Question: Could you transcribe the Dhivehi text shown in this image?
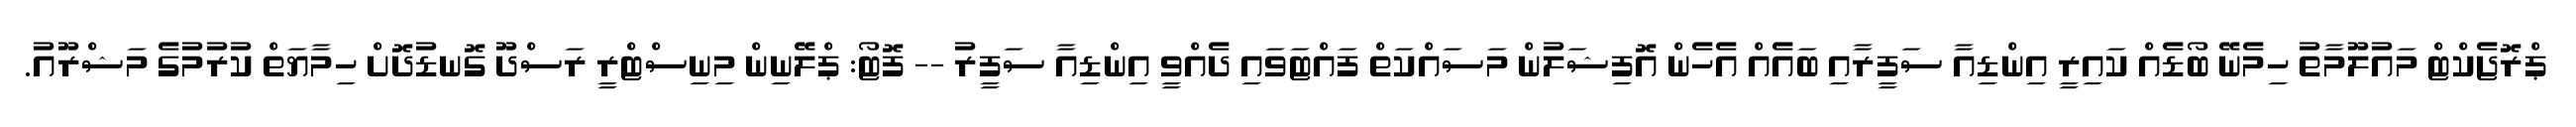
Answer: ޕްރޮޖެކްޓް މައުލޫމާތު ހިމެނޭ ބޯޑެއް ކައިރީ އިންޑިއާ ސަފީރާއި ބައެއް އެހެން އޮފިޝަލުން މަސައްކަތް ފައްޓަވައި ދެއްވީ އިންޑިއާ ސަފީރު -- ފޮޓޯ: ޕްލޭނިން މިނިސްޓްރީ ރަސްދޫ ގޮނޑުދޮށް ހިމާޔަތް ކުރުމުގެ މަޝްރޫއު.